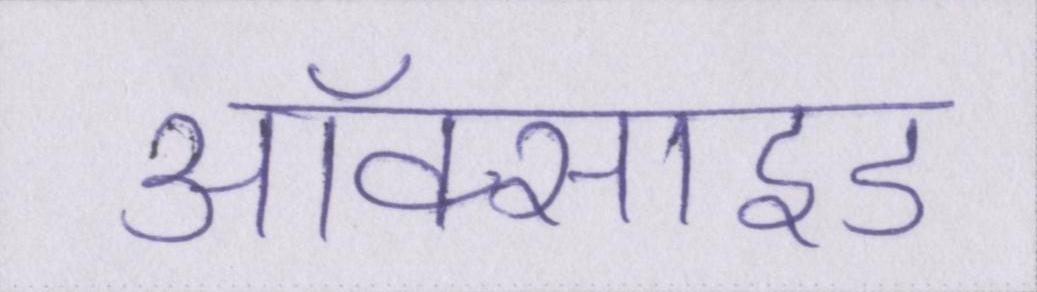
ऑक्साइड